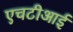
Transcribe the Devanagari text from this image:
एचटीआई